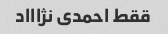
ققط احمدی نژاااد